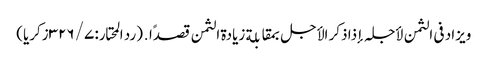
ویزاد فی الثمن لأجلہ إذا ذکر الأجل بمقابلة زیادة الثمن قصدًا․ (رد المحتار: ۷/ ۳۲۶زکریا)